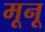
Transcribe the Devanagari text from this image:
मूनू